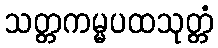
သတ္တကမ္မပထသုတ္တံ